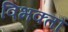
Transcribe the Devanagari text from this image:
विभक्तौ